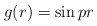
\begin{align*}g(r)=\sin{pr}\end{align*}